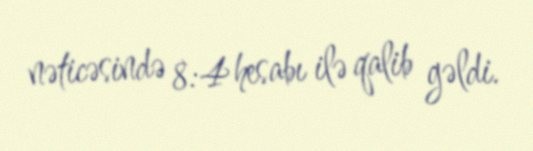
nəticəsində 8:4 hesabı ilə qalib gəldi.